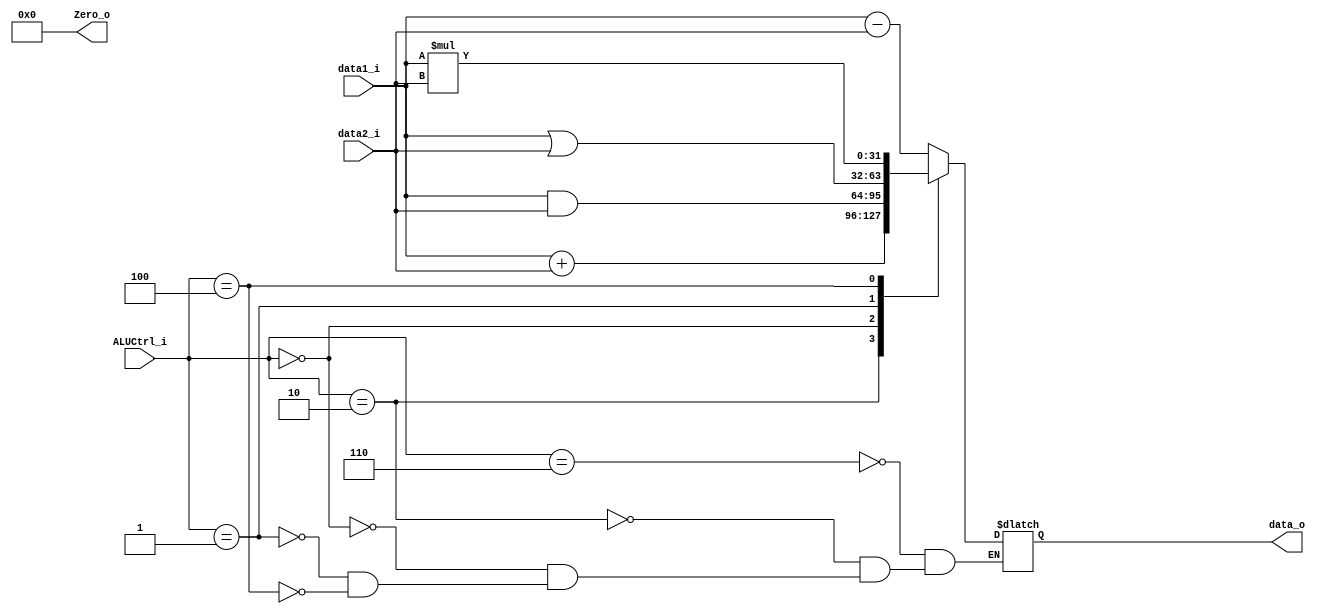
module ALU
(
    data1_i,
    data2_i,
    ALUCtrl_i,
    data_o,
    Zero_o,
);

input   [31:0]  data1_i;
input   [31:0]  data2_i;
input   [3:0]   ALUCtrl_i;
output  [31:0]  data_o;
output  [31:0]  Zero_o;

reg     [31:0]  temp;
reg     [31:0]  Zero_o;

assign  data_o = temp;

always@(data1_i or data2_i or ALUCtrl_i) begin
    case (ALUCtrl_i)
        4'b0110: temp <= data1_i - data2_i;
        4'b0010: temp <= data1_i + data2_i;
        4'b0000: temp <= data1_i & data2_i;
        4'b0001: temp <= data1_i | data2_i;
        4'b0100: temp <= data1_i * data2_i;
    endcase
    Zero_o <= 32'b0;
end

endmodule